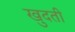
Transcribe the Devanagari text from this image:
खुदती